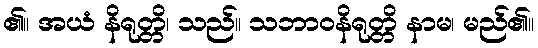
၏။ အယံ နိရုတ္တိ၊ သည်။ သဘာဝနိရုတ္တိ နာမ၊ မည်၏။